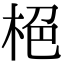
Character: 栬